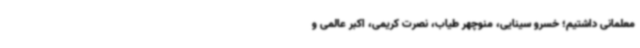
معلمانی داشتیم؛ خسرو سینایی، منوچهر طیاب، نصرت کریمی، اکبر عالمی و